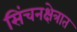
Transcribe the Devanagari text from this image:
सिंचनक्षेत्रात